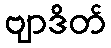
ဗျာဒိတ်